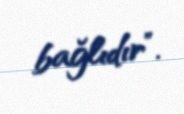
bağlıdır”.